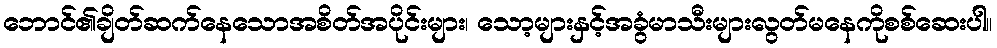
ဘောင်၏ချိတ်ဆက်နေသောအစိတ်အပိုင်းများ၊ သော့များနှင့်အခွံမာသီးများလွတ်မနေကိုစစ်ဆေးပါ။